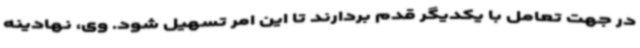
در جهت تعامل با یکدیگر قدم بردارند تا این امر تسهیل شود. وی، نهادینه